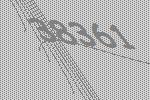
38361